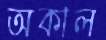
অকাল